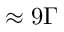
\approx 9 \Gamma